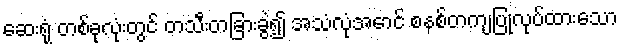
ဆေးရုံ တစ်ခုလုံးတွင် တသီးတခြားခွဲ၍ အသံလုံအောင် စနစ်တကျပြုလုပ်ထားသော